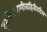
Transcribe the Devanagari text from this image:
दूरचित्रवाणीवाहिनीवरील